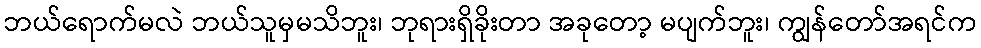
ဘယ်ရောက်မလဲ ဘယ်သူမှမသိဘူး၊ ဘုရားရှိခိုးတာ အခုတော့ မပျက်ဘူး၊ ကျွန်တော်အရင်က